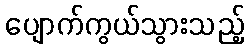
ပျောက်ကွယ်သွားသည့်